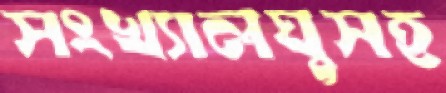
সংখ্যালঘুসহ